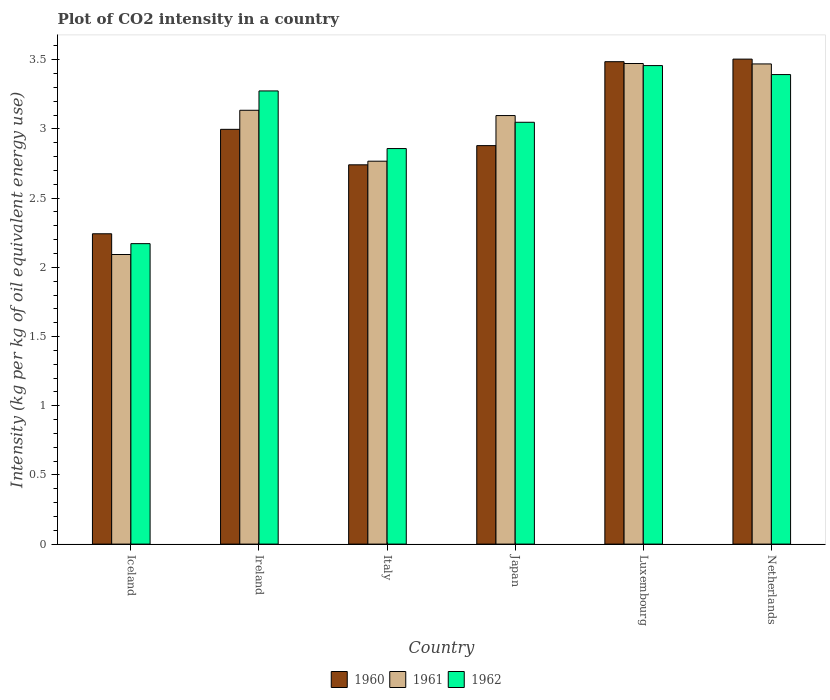
| Country | 1960 | 1961 | 1962 |
 | --- | --- | --- | --- |
 | Iceland | 2.24 | 2.09 | 2.17 |
 | Ireland | 3 | 3.14 | 3.27 |
 | Italy | 2.74 | 2.77 | 2.86 |
 | Japan | 2.88 | 3.1 | 3.05 |
 | Luxembourg | 3.49 | 3.47 | 3.46 |
 | Netherlands | 3.5 | 3.47 | 3.39 |